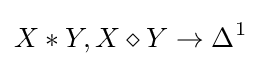
X*Y,X\diamond Y\rightarrow \Delta ^{1}